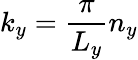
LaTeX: k_{y}=\frac{\pi}{L_{y}}n_{y}